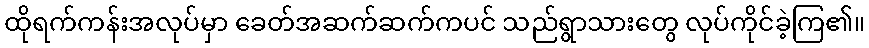
ထိုရက်ကန်းအလုပ်မှာ ခေတ်အဆက်ဆက်ကပင် သည်ရွာသားတွေ လုပ်ကိုင်ခဲ့ကြ၏။